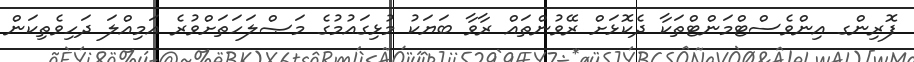
ފޮރިންގ އިންވެސްޓްމަންޓްތަކާ ދެކޮޅަށް ރޭވުންތައް ރާވާ ބަޔަކު މުޅިގައުމުގެ މަޞްލަހަތަށްވުރެ އަމިއްލަ ދަހިވެތިކަން